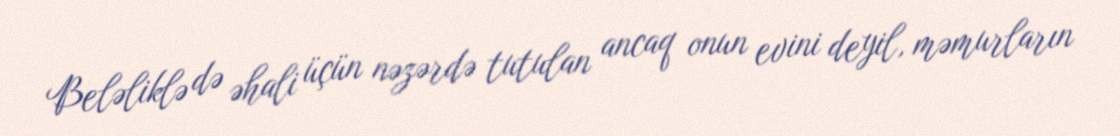
Beləliklə də əhali üçün nəzərdə tutulan ancaq onun evini deyil, məmurların